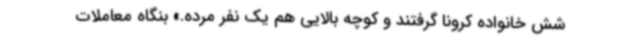
شش خانواده کرونا گرفتند و کوچه بالایی هم یک نفر مرده.» بنگاه معاملات